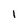
Character: 1